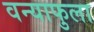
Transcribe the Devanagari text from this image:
वन्याफुला